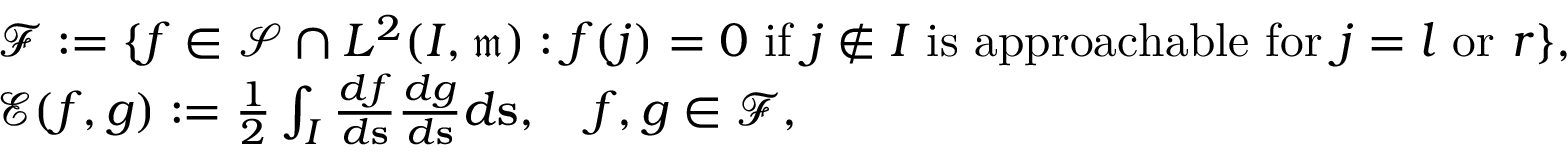
\begin{array} { r l } & { { \mathscr F } : = \{ f \in \mathscr { S } \cap L ^ { 2 } ( I , \mathfrak { m } ) : f ( j ) = 0 \mathrm { ~ i f ~ } j \notin I \mathrm { ~ i s ~ a p p r o a c h a b l e ~ f o r ~ } j = l \mathrm { ~ o r ~ } r \} , } \\ & { { \mathscr E } ( f , g ) : = \frac { 1 } { 2 } \int _ { I } \frac { d f } { d \mathbf { s } } \frac { d g } { d \mathbf { s } } d \mathbf { s } , \quad f , g \in { \mathscr F } , } \end{array}